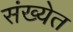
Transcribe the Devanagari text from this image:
संख्‍येत